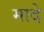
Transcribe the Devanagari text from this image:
मादे